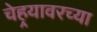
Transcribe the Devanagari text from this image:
चेहर्‍यावरच्या